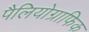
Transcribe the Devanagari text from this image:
पैलियोग्राफिक